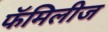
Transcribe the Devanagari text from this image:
फॅमिलीज